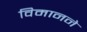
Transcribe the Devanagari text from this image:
विमानने